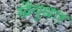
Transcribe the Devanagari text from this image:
खैयुधार